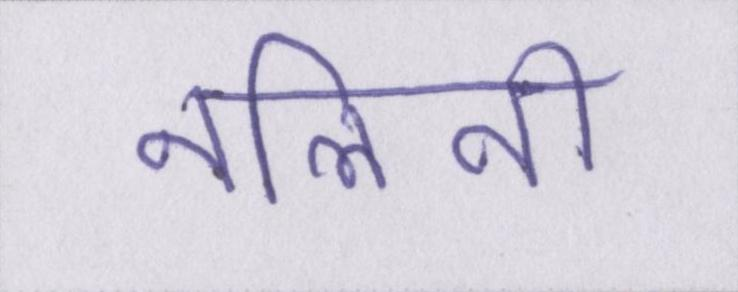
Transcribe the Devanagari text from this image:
नलिनी